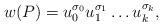
LaTeX: \begin{align*} w(P)=u_0^{\sigma_0}u_1^{\sigma_1}\ldots u_k^{\sigma_k}, \end{align*}